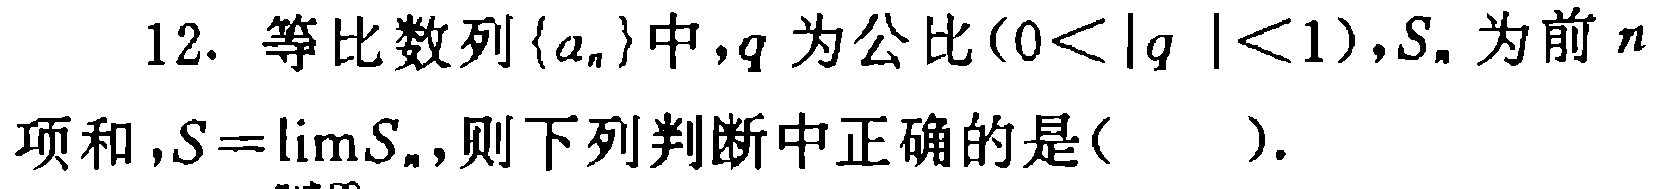
12. 等比数列\(\{a_{n}\}\)中，\(q\)为公比\((0<|q|<1)\)，\(S_{n}\)为前\(n\)项和，\(S = \lim\limits_{n\rightarrow\infty}S_{n}\)，则下列判断中正确的是( ).